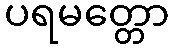
ပရမတ္တော